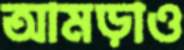
আমড়াও